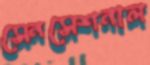
সেনসেশনাল